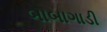
બાબાગાડી